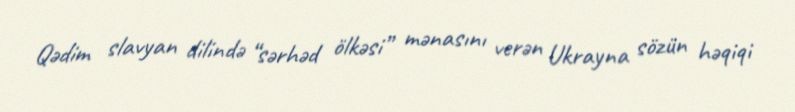
Qədim slavyan dilində “sərhəd ölkəsi” mənasını verən Ukrayna sözün həqiqi